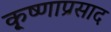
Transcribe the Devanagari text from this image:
कृ्ष्णाप्रसाद